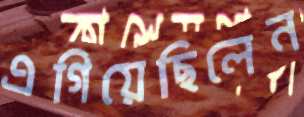
এগিয়েছিলেন